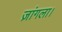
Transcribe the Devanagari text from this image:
ज़ांगला।